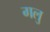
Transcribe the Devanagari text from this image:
गलु